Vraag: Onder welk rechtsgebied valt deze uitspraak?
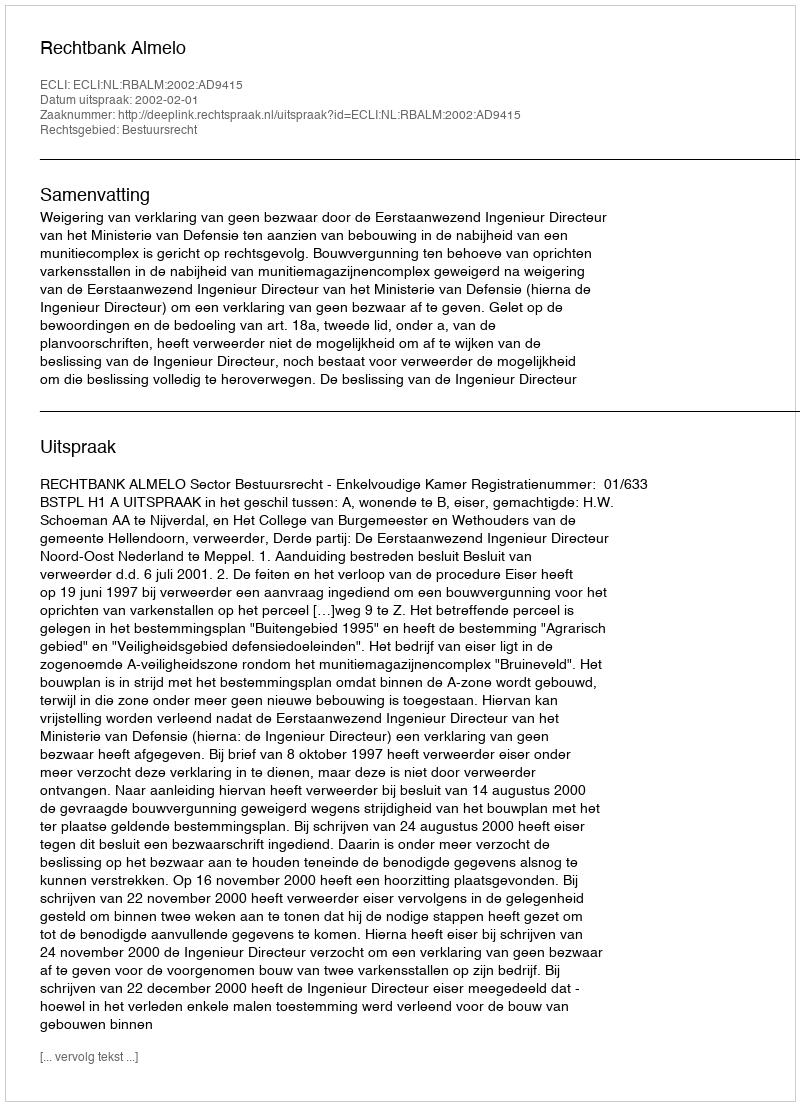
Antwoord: Bestuursrecht